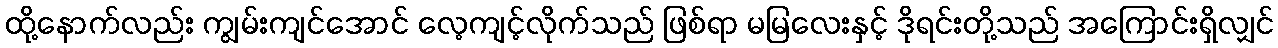
ထို့နောက်လည်း ကျွမ်းကျင်အောင် လေ့ကျင့်လိုက်သည် ဖြစ်ရာ မမြလေးနှင့် ဒိုရင်းတို့သည် အကြောင်းရှိလျှင်